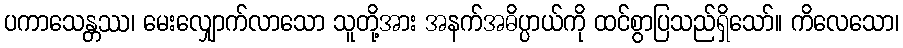
ပကာသေန္တဿ၊ မေးလျှောက်လာသော သူတို့အား အနက်အဓိပ္ပာယ်ကို ထင်စွာပြသည်ရှိသော်။ ကိလေသော၊